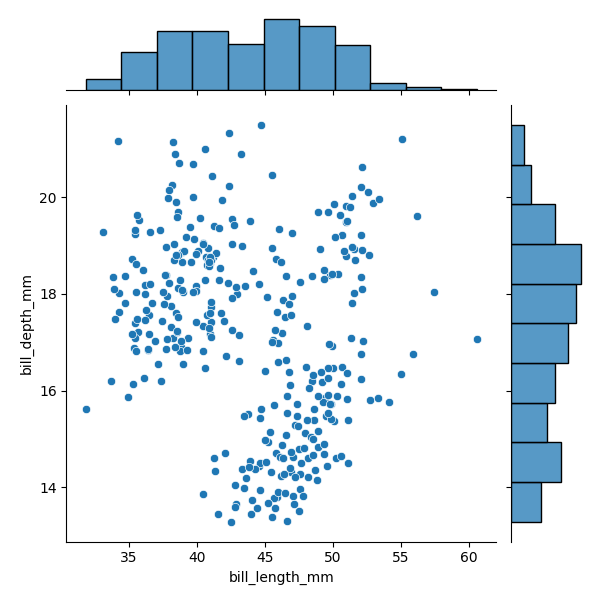
python, seaborn, JointGrid, scatterplot, histplot